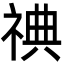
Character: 𬒿